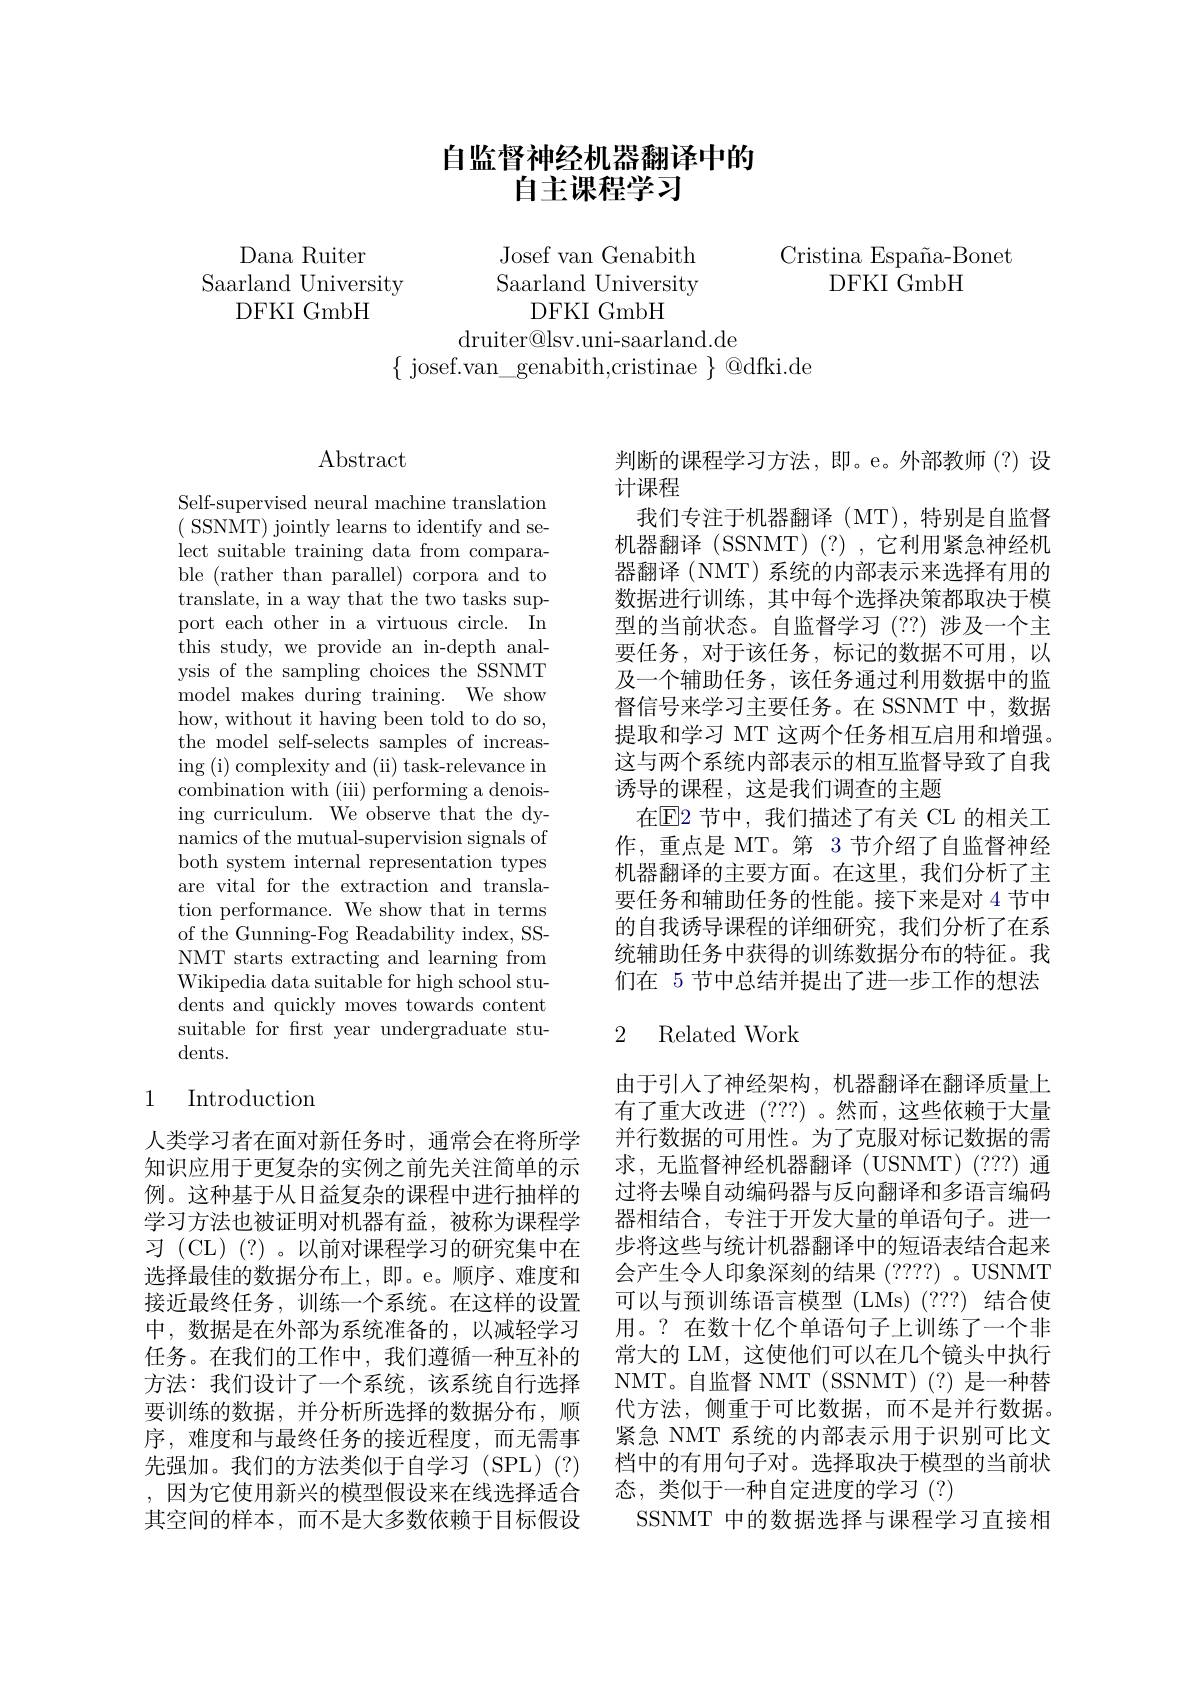
Dana Ruiter
Saarland University
DFKI GmbH

# 自监督神经机器翻译中的自主课程学习

Cristina España-Bonet
DFKIGmbH

Josef van Genabith Saarland University
DFKIGmbH
${\mathrm{druiter@lsv.uni-saarland.de}}$
$\{$ josef.van\_genabith,cristinae $\}@$dfki.de

$\operatorname{Abstract}$

Self-supervised neural machine translation $({\mathrm{~SSNMT)~jointly~learns~to~identify~and~se-}}$ lect suitable training data from comparable (rather than parallel) corpora and to translate, in a way that the two tasks support each other in a virtuous circle. In this study, we provide an in-depth analysis of the sampling choices the SSNMT model makes during training. We show how, without it having been told to do so, the model self-selects samples of increas- $\operatorname{ing}\left(\mathrm{i}\right)$complexity and (ii) task-relevance in combination with (iii) performing a denoising curriculum. We observe that the dynamics of the mutual-supervision signals of both system internal representation types are vital for the extraction and translation performance. We show that in terms of the Gunning-Fog Readability index, SSNMT starts extracting and learning from Wikipedia data suitable for high school students and quickly moves towards content suitable for frst year undergraduate students.

## 1 Introduction

人类学习者在面对新任务时，通常会在将所学知识应用于更复杂的实例之前先关注简单的示例。这种基于从日益复杂的课程中进行抽样的学习方法也被证明对机器有益，被称为课程学习 (CL) (?)。以前对课程学习的研究集中在选择最佳的数据分布上，即。e。顺序、难度和接近最终任务，训练一个系统。在这样的设置中，数据是在外部为系统准备的，以减轻学习任务。在我们的工作中，我们遵循一种互补的方法：我们设计了一个系统，该系统自行选择要训练的数据，并分析所选择的数据分布，顺序，难度和与最终任务的接近程度，而无需事先强加。我们的方法类似于自学习(SPL)(?) ,因为它使用新兴的模型假设来在线选择适合其空间的样本，而不是大多数依赖于目标假设

判断的课程学习方法，即。e。外部教师(?)设
计课程
我们专注于机器翻译(MT),特别是自监督机器翻译 (SSNMT) (?) ,它利用紧急神经机器翻译 (NMT) 系统的内部表示来选择有用的数据进行训练，其中每个选择决策都取决于模型的当前状态。自监督学习(??)涉及一个主要任务，对于该任务，标记的数据不可用，以及一个辅助任务，该任务通过利用数据中的监督信号来学习主要任务。在 SSNMT 中，数据提取和学习 MT 这两个任务相互启用和增强。这与两个系统内部表示的相互监督导致了自我诱导的课程，这是我们调查的主题
在$\overline{\mathrm{E}}$2 节中，我们描述了有关 CL 的相关工作，重点是 MT。第 3 节介绍了自监督神经机器翻译的主要方面。在这里，我们分析了主要任务和辅助任务的性能。接下来是对 4 节中的自我诱导课程的详细研究，我们分析了在系统辅助任务中获得的训练数据分布的特征。我们在 5 节中总结并提出了进一步工作的想法

## 2 Related Work

由于引人了神经架构，机器翻译在翻译质量上有了重大改进 (???) 。然而，这些依赖于大量并行数据的可用性。为了克服对标记数据的需求，无监督神经机器翻译(USNMT)(???)通过将去噪自动编码器与反向翻译和多语言编码器相结合，专注于开发大量的单语句子。进一步将这些与统计机器翻译中的短语表结合起来会产生令人印象深刻的结果(????)。USNMT 可以与预训练语言模型 (LMs) (???) 结合使用。? 在数十亿个单语句子上训练了一个非常大的 LM, 这使他们可以在几个镜头中执行NMT。自监督 NMT (SSNMT)(?)是一种替代方法，侧重于可比数据，而不是并行数据。紧急 NMT 系统的内部表示用于识别可比文档中的有用句子对。选择取决于模型的当前状态，类似于一种自定进度的学习(?)
SSNMT 中的数据选择与课程学习直接相